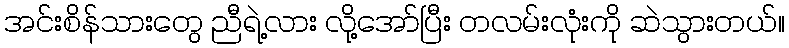
အင်းစိန်သားတွေ ညီရဲ့လား လို့အော်ပြီး တလမ်းလုံးကို ဆဲသွားတယ်။